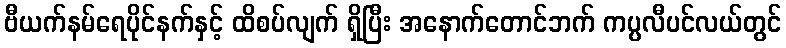
ဗီယက်နမ်ရေပိုင်နက်နှင့် ထိစပ်လျက် ရှိပြီး အနောက်တောင်ဘက် ကပ္ပလီပင်လယ်တွင်